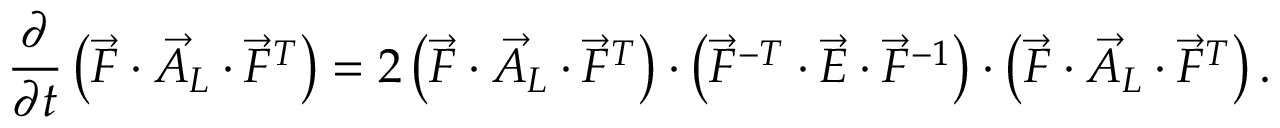
\frac { \partial } { \partial t } \left( \vec { F } \cdot \vec { A } _ { L } \cdot \vec { F } ^ { T } \right) = 2 \left( \vec { F } \cdot \vec { A } _ { L } \cdot \vec { F } ^ { T } \right) \cdot \left( \vec { F } ^ { - T } \cdot \vec { E } \cdot \vec { F } ^ { - 1 } \right) \cdot \left( \vec { F } \cdot \vec { A } _ { L } \cdot \vec { F } ^ { T } \right) .